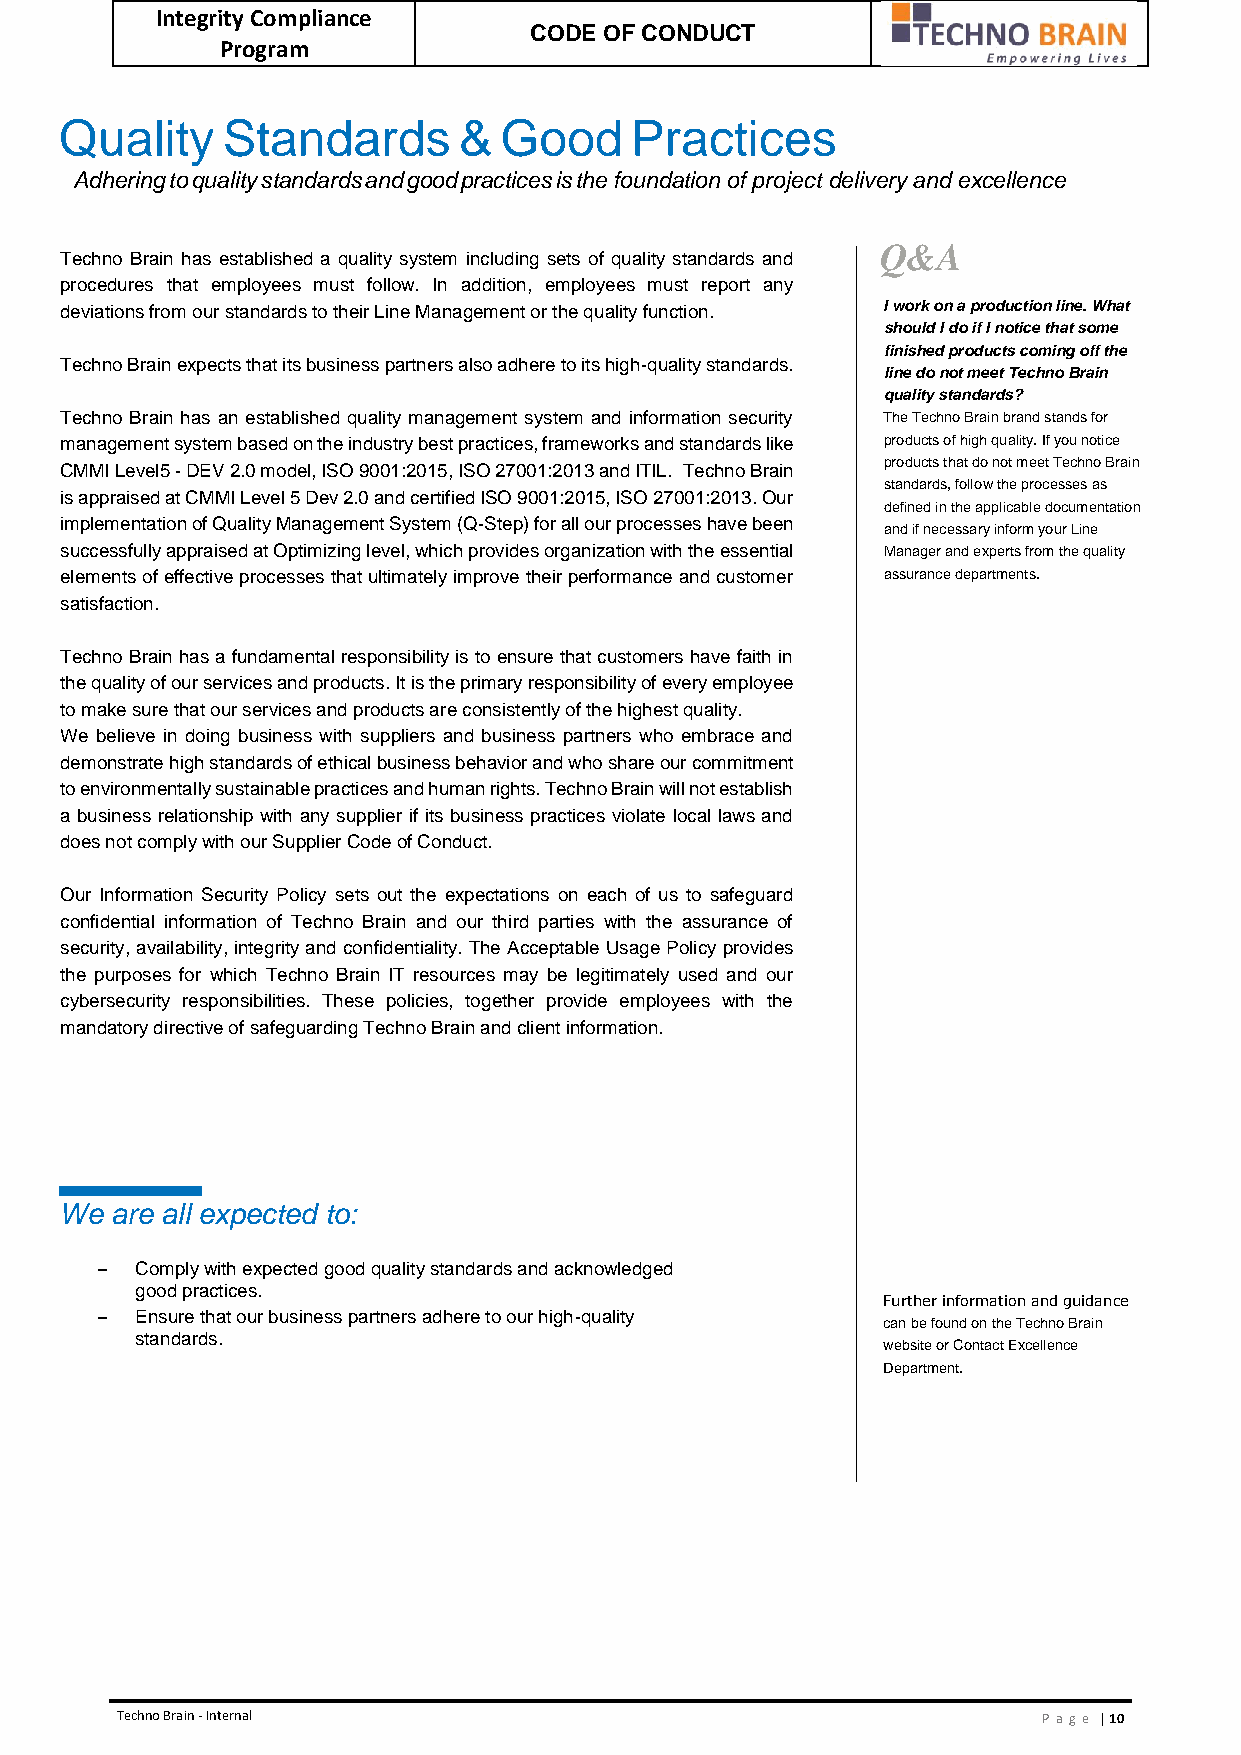
Integrity Compliance
 CODE OF CONDUCT
 Program
 Quality    Standards      &  Good     Practices
 Adhering to quality standards and good practices is the foundation of project delivery and excellence
 Q&A
 Techno Brain has established a quality system including sets of quality standards and
 procedures that employees must follow. In addition, employees must report any
 deviations from our standards to their Line Management or the quality function. I work on a production line. What
 should I do if I notice that some
 finished products coming off the
 Techno Brain expects that its business partners also adhere to its high-quality standards.
 line do not meet Techno Brain
 quality standards?
 Techno Brain has an established quality management system and information security The Techno Brain brand stands for
 management system based on the industry best practices, frameworks and standards like products of high quality. If you notice
 products that do not meet Techno Brain
 CMMI Level5 - DEV 2.0 model, ISO 9001:2015, ISO 27001:2013 and ITIL. Techno Brain
 standards, follow the processes as
 is appraised at CMMI Level 5 Dev 2.0 and certified ISO 9001:2015, ISO 27001:2013. Our
 defined in the applicable documentation
 implementation of Quality Management System (Q-Step) for all our processes have been
 and if necessary inform your Line
 successfully appraised at Optimizing level, which provides organization with the essential Manager and experts from the quality
 elements of effective processes that ultimately improve their performance and customer assurance departments.
 satisfaction.
 Techno Brain has a fundamental responsibility is to ensure that customers have faith in
 the quality of our services and products. It is the primary responsibility of every employee
 to make sure that our services and products are consistently of the highest quality.
 We believe in doing business with suppliers and business partners who embrace and
 demonstrate high standards of ethical business behavior and who share our commitment
 to environmentally sustainable practices and human rights. Techno Brain will not establish
 a business relationship with any supplier if its business practices violate local laws and
 does not comply with our Supplier Code of Conduct.
 Our Information Security Policy sets out the expectations on each of us to safeguard
 confidential information of Techno Brain and our third parties with the assurance of
 security, availability, integrity and confidentiality. The Acceptable Usage Policy provides
 the purposes for which Techno Brain IT resources may be legitimately used and our
 cybersecurity responsibilities. These policies, together provide employees with the
 mandatory directive of safeguarding Techno Brain and client information.
 We are all expected to:
 –  Comply with expected good quality standards and acknowledged
 good practices.
 Further information and guidance
 –  Ensure that our business partners adhere to our high-quality
 can be found on the Techno Brain
 standards.
 website or Contact Excellence
 Department.
 Techno Brain - Internal                                      Pa ge | 10